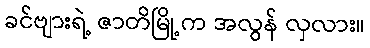
ခင်ဗျားရဲ့ ဇာတိမြို့က အလွန် လှလား။